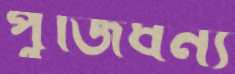
পুঁজিধন্য